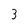
Character: 3